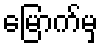
မြောက်မှ